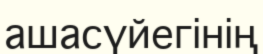
ашасүйегінің